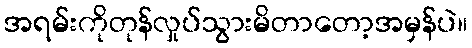
အရမ်းကိုတုန်လှုပ်သွားမိတာတော့အမှန်ပဲ။